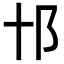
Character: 𨙩